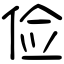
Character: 俭